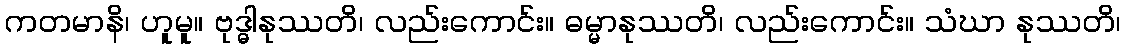
ကတမာနိ၊ ဟူမူ။ ဗုဒ္ဓါနုဿတိ၊ လည်းကောင်း။ ဓမ္မာနုဿတိ၊ လည်းကောင်း။ သံဃာ နုဿတိ၊